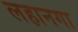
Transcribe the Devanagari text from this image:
लहानगा